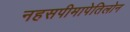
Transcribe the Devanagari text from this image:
नहसपीमापेतिलोन